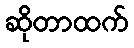
ဆိုတာထက်